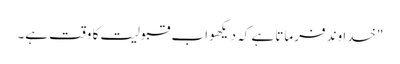
"خدا وند فرماتا ہے کہ دیکھو اب قبولیت کا وقت ہے۔